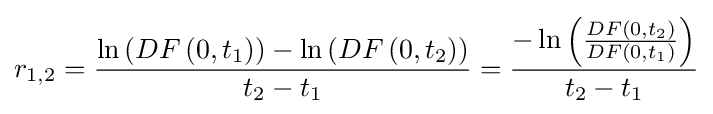
r_{1,2}={\frac {\ln \left(DF\left(0,t_{1}\right)\right)-\ln \left(DF\left(0,t_{2}\right)\right)}{t_{2}-t_{1}}}={\frac {-\ln \left({\frac {DF\left(0,t_{2}\right)}{DF\left(0,t_{1}\right)}}\right)}{t_{2}-t_{1}}}